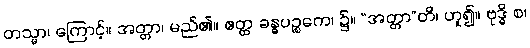
တသ္မာ၊ ကြောင့်။ အတ္တာ၊ မည်၏။ ဧတ္ထ ခန္ဓပဉ္စကေ၊ ၌။ “အတ္တာ”တိ၊ ဟူ၍။ ဗုဒ္ဓိ စ၊